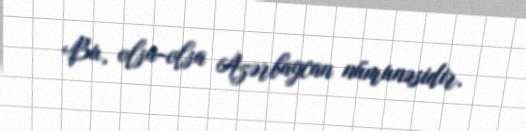
Bu, olsa-olsa Azərbaycan nümunəsidir.